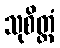
သုစိတ္တံ